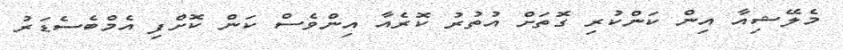
މެލޭޝިއާ އިން ކަންކުރި ގޮތަށް އުތުރު ކޮރެއާ އިންވެސް ކަން ކޮށްފި އެމްބެސެޑަރު